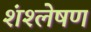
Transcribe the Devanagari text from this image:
शंश्लेषण